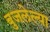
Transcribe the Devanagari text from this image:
बुजलेल्या